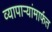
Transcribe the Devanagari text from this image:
व्यापाऱ्यांमार्फत